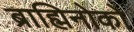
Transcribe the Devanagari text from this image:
ब्राह्मिनोको